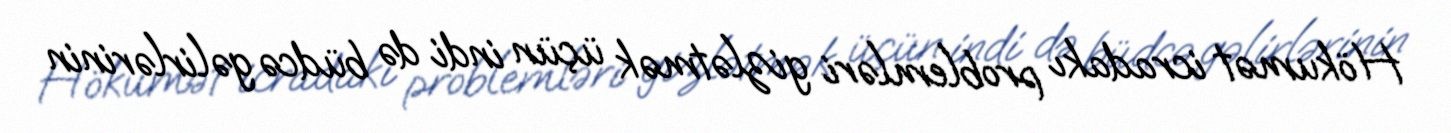
Hökumət icradakı problemləri gizlətmək üçün indi də büdcə gəlirlərinin